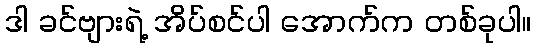
ဒါ ခင်ဗျားရဲ့ အိပ်စင်ပါ အောက်က တစ်ခုပါ။